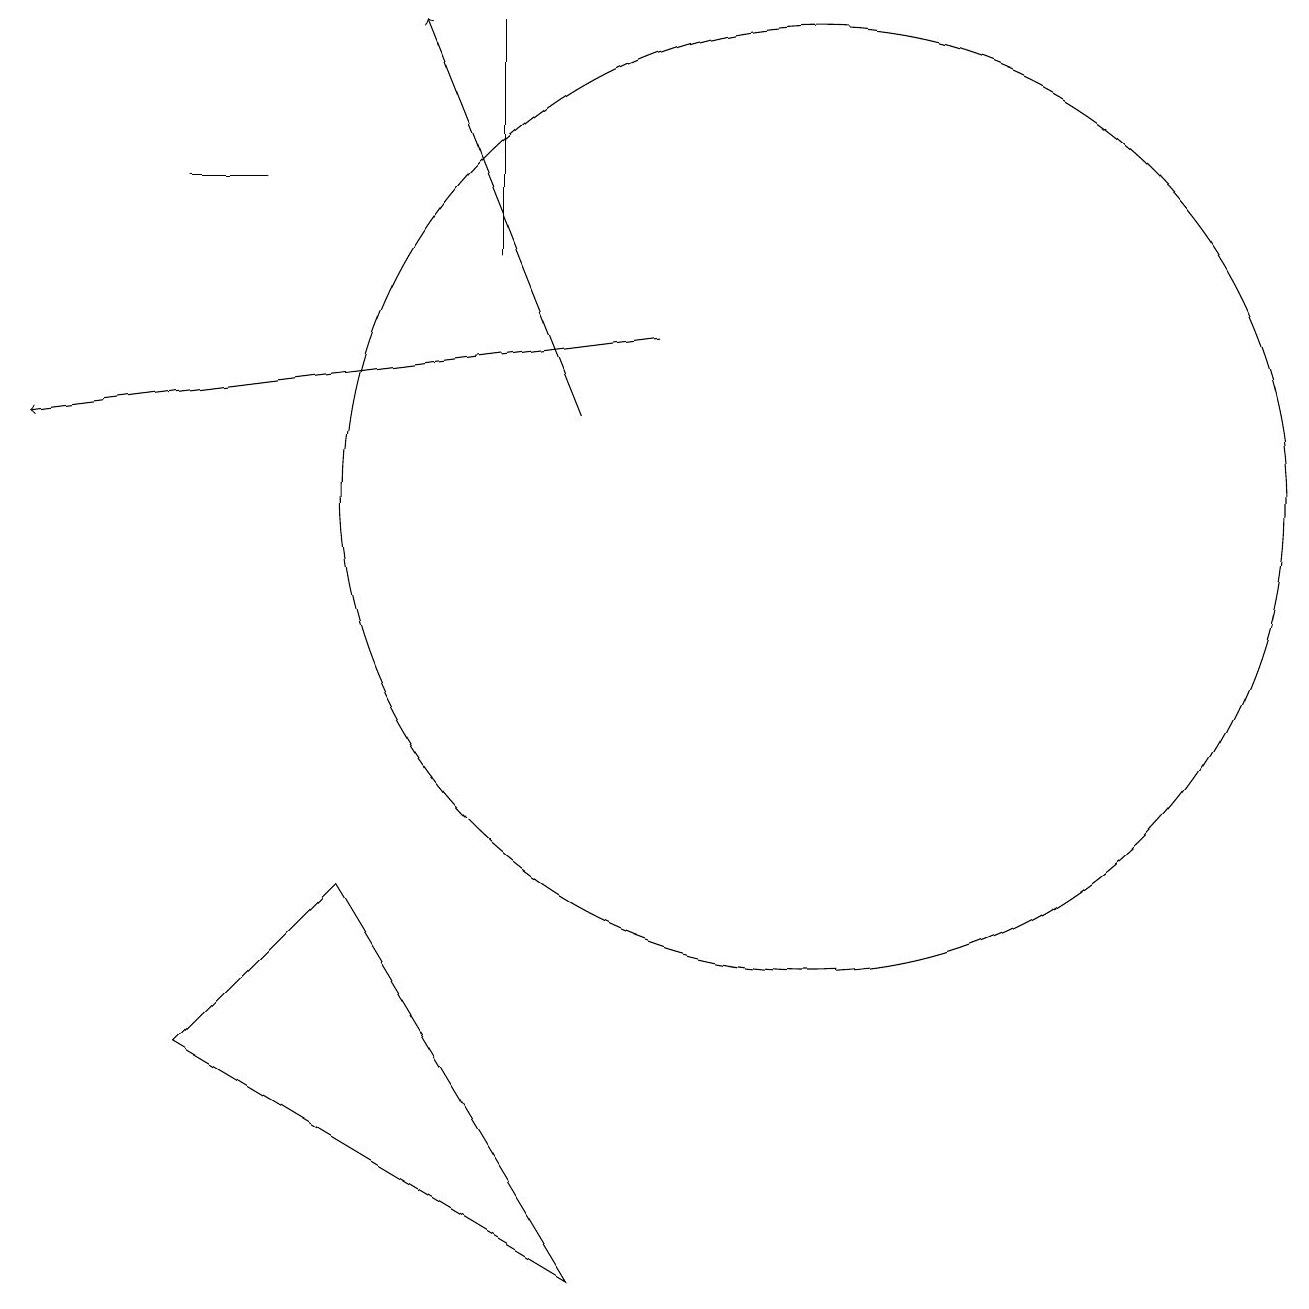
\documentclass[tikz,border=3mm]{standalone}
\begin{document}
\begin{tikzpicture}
\draw (6,13) rectangle (6,16);
\draw (7,0) -- (2,3) -- (4,5) -- cycle;
\draw (2,14) rectangle (3,14);
\draw[->] (7,11) -- (5,16);
\draw (10,10) circle (6);
\draw[->] (8,12) -- (0,11);
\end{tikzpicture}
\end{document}